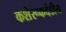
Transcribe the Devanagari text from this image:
कशेरूकदंडीय